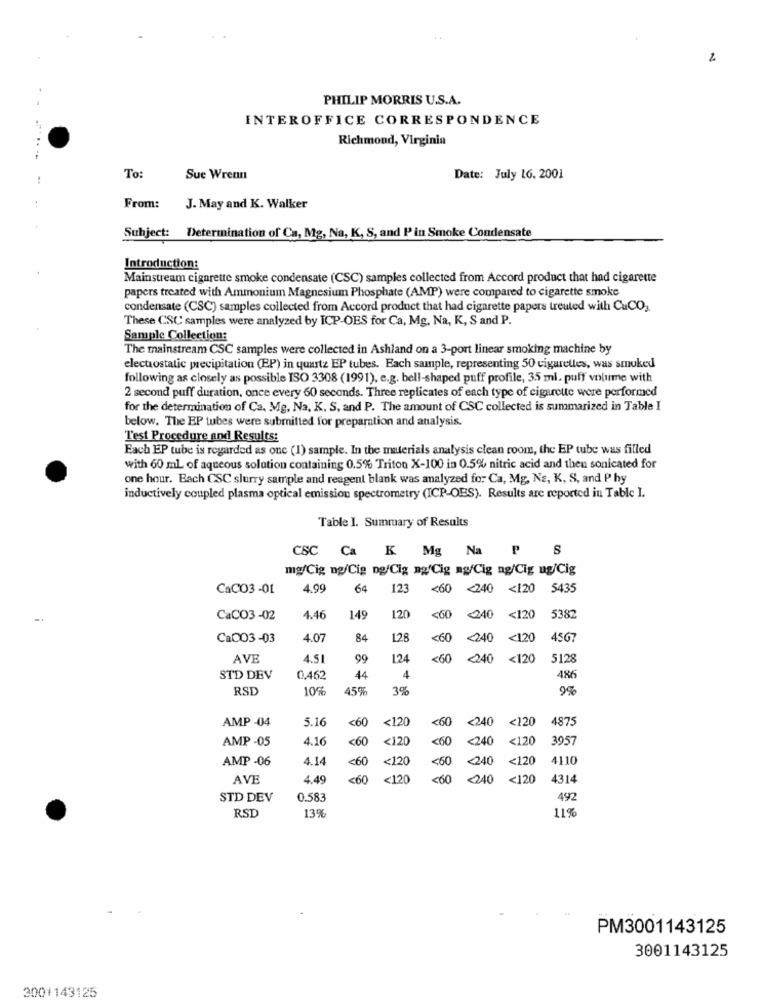
PHILIP MORRIS U.S.A.
INTEROFFICE CORRESPONDENCE
Richmond, Virginia
To:
Sue Wrenn
Date: July 16. 2001
From:
J. May and K. Walker
Subject: Determination of Ca, Mg, Na, K, S, and Pin Smoke Condensate
Introduction:
Mainstream cigarette smoke condensate (CSC) samples collected from Accord product that had cigarette
papers treated with Ammonium Magnesium Phosphate (AMP) were compared to cigarette smoke
condensate (CSC) samples collected from Accord product that had cigarette papers treuted with CuCO,
These CSC samples were analyzed by ICP-OES for Ca, Mg, Na, K, S and P.
Sample Collection:
The mainstream CSC samples were collected in Ashland on a 3-port linear smoking machine by
electrostatic precipitation (EP) in quartz EP tubes. Each sample, representing 50 cigarettes, was smoked
following as closely as possible ISO 3308 (1991), e.g. bell-shaped puff profile, 35 ml. puff volume with
2 second puff duration, once every 60 seconds. Three replicates of each type of cigarette were performed
for the determination of Ca. Mg, Na, K. S, and P. The amount of CSC collected is summarized in Table I
below. The EP tubes were submitted for preparation and analysis.
Test Procedure and Results:
Each EP tube is regarded as one (1) sample. In the materials analysis clean room, the EP tube was filled
with 60 ml of aqueous solution containing 0.5% Triton X-100 in 0.5% nitric acid and then sonicated for
one hour. Bach CSC slurry sample and reagent blank was analyzed for Ca, Mg, Na, K, S, and P hy
inductively coupled plasma optical emission spectrometry (ICP-OES). Results are reported in Table I.
Table I. Summary of Results
CSC Ca K Mg Na P S
mg/Cig ng/Cig ng/Cig agfCig mg/Cig ng/Cig ug/Cig
CaCO3-01
4.99
64
123
<60
<240 <120 5435
..
CaCO3-02
4.46
149
120
<60
<240 <120 5382
CaCO3-03
4.07
84
128
<60
<240 <120
4567
AVE
4.51
99
124
<60
<40
<120
5128
STD DEV
0,462
44
4
486
RSD
10%
45%
3%
9%
<60
<120
<60
<240
<120
4875
AMP -04
5.16
4.16
60
<120
<60
<240
<120
3957
AMP -05
AMP -06
4.14
<60
<120
<50
<240
<120
4110
AVE
4.49
<60
<120
<60
<240 <120
4314
STD DEV
0.583
492
RSD
139
11%
PM3001143125
3001143125
3001143125